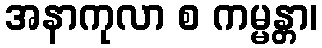
အနာကုလာ စ ကမ္မန္တာ၊